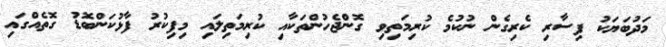
މަދުބަޔަކު ފިސާރި ކެރިގެން ނުކުމެ ކުރިމަތިވި ގޮންޖެހުންތަކާއި ކުރިމަތިލައި މިފިކުރު ފާޅުކަންބޮޑު ގޮތެއްގައި